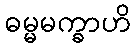
ဓမ္မမက္ခာဟိ